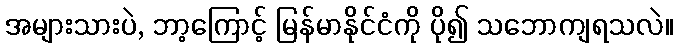
အများသားပဲ, ဘာ့ကြောင့် မြန်မာနိုင်ငံကို ပို၍ သဘောကျရသလဲ။